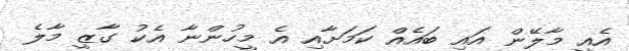
އެއީ މާލޭން އައި ބައެއް ކަމަށާއި އެ މީހުންނާ އެކު ގާޒީ މާލެ